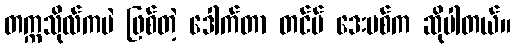
တက္ကသိုလ်ကပဲ ဖြစ်တဲ့ ဒေါက်တာ တင်မ် ဒေးဗစ်က ဆိုပါတယ်။